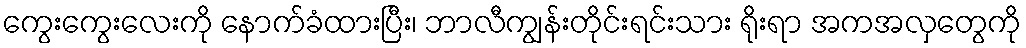
ကွေးကွေးလေးကို နောက်ခံထားပြီး၊ ဘာလီကျွန်းတိုင်းရင်းသား ရိုးရာ အကအလှတွေကို